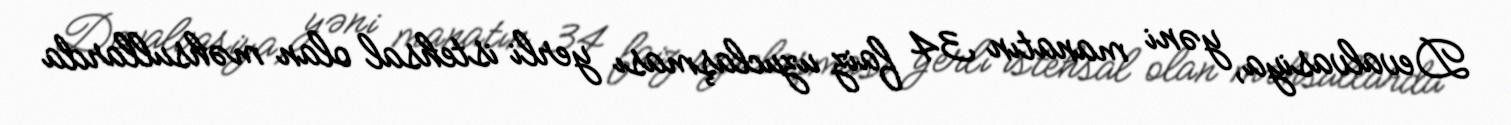
Devalvasiya, yəni manatın 34 faiz uzuclaşması yerli istehsal olan məhsullarda